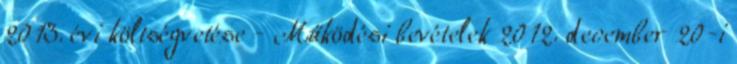
2013. évi költségvetése - Működési bevételek 2012. december 20-i